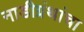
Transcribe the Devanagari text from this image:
नाडीग्रंथांचा